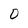
Character: O